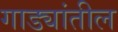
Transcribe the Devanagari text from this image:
गाड्यांतील